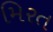
મિરત